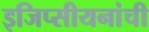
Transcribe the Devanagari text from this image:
इजिप्सीयनांची